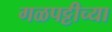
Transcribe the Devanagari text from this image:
गळपट्टीच्या